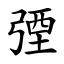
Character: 㢾